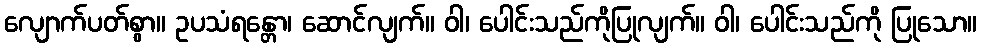
လျောက်ပတ်စွာ။ ဥပသံရန္တော၊ ဆောင်လျက်။ ဝါ၊ ပေါင်းသည်ကိုပြုလျက်။ ဝါ၊ ပေါင်းသည်ကို ပြုသော။